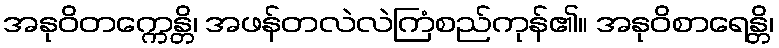
အနုဝိတက္ကေန္တိ၊ အဖန်တလဲလဲကြံစည်ကုန်၏။ အနုဝိစာရေန္တိ၊